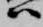
ハ